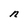
Character: n